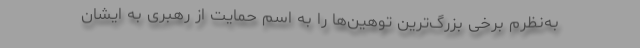
به‌نظرم برخی بزرگ‌ترین توهین‌ها را به اسم حمایت از رهبری به ایشان